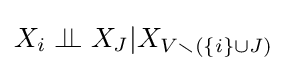
X_{i}\perp \!\!\!\perp X_{J}|X_{V\smallsetminus (\{i\}\cup J)}